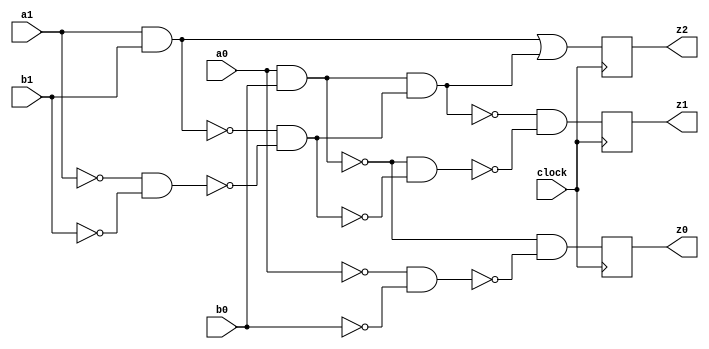
// Benchmark "ADD2" written by ABC on Tue Apr 13 09:44:13 2021

module ADD2 ( clock, 
    a0, a1, b0, b1,
    z0, z1, z2  );
  input  clock;
  input  a0, a1, b0, b1;
  output z0, z1, z2;
  reg z2, z1, z0;
  wire \new_ADD2|c_ , new_n30_, new_n32_, new_n34_, new_n36_, new_n38_,
    \new_ADD2|0_ , new_n42_, new_n44_, new_n46_, new_n48_, new_n50_, n20,
    n23, n26;
  assign \new_ADD2|c_  = 1'b0;
  assign new_n30_ = a0 & b0;
  assign new_n32_ = ~a0 & ~b0;
  assign new_n34_ = ~new_n30_ & ~new_n32_;
  assign new_n36_ = \new_ADD2|c_  & new_n34_;
  assign new_n38_ = ~\new_ADD2|c_  & ~new_n34_;
  assign n26 = ~new_n36_ & ~new_n38_;
  assign \new_ADD2|0_  = new_n30_ | new_n36_;
  assign new_n42_ = a1 & b1;
  assign new_n44_ = ~a1 & ~b1;
  assign new_n46_ = ~new_n42_ & ~new_n44_;
  assign new_n48_ = \new_ADD2|0_  & new_n46_;
  assign new_n50_ = ~\new_ADD2|0_  & ~new_n46_;
  assign n23 = ~new_n48_ & ~new_n50_;
  assign n20 = new_n42_ | new_n48_;
  always @ (posedge clock) begin
    z2 <= n20;
    z1 <= n23;
    z0 <= n26;
  end
endmodule